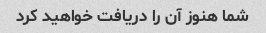
شما هنوز آن را دریافت خواهید کرد